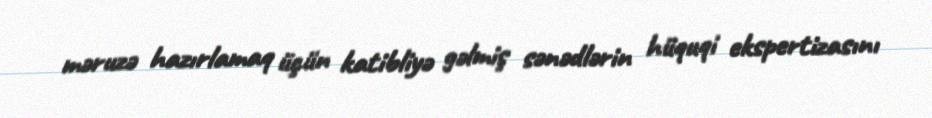
məruzə hazırlamaq üçün katibliyə gəlmiş sənədlərin hüquqi ekspertizasını